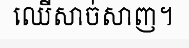
ឈើសាច់សាញ។